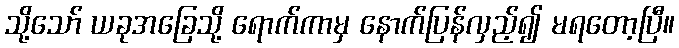
သို့သော် ယခုအခြေသို့ ရောက်ကာမှ နောက်ပြန်လှည့်၍ မရတော့ပြီ။